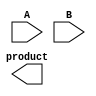
module unfolded_wallace_tree_multiplier #(parameter m = 8, n = 8) (
    input [m-1:0] A,
    input [n-1:0] B,
    output reg [m+n-1:0] product
);

    // Partial product generation
    wire [m-1:0] pp[n-1:0]; // Partial products
    genvar i;
    generate
        for (i = 0; i < n; i = i + 1) begin : pp_gen
            assign pp[i] = A & {m{B[i]}};
        end
    endgenerate

    // Wallace tree reduction
    wire [m+n-1:0] sum_stage1[n/3-1:0]; // Sums from stage 1
    wire [m+n-1:0] carry_stage1[n/3-1:0]; // Carries from stage 1
    wire [m+n-1:0] sum_stage2[n/6-1:0]; // Sums from stage 2
    wire [m+n-1:0] carry_stage2[n/6-1:0];

    // Stage 1: Grouping and adding using full adders
    generate
        for (i = 0; i < n/3; i = i + 1) begin : stage1
            if (i < n/3 - 1) begin
                // Full adder for three inputs
                assign {carry_stage1[i], sum_stage1[i]} = pp[3*i] + pp[3*i+1] + pp[3*i+2];
            end else begin
                // Handle remaining bits
                assign {carry_stage1[i], sum_stage1[i]} = pp[3*i] + pp[3*i+1] + (n % 3 == 2 ? pp[3*i+2] : 0);
            end
        end
    endgenerate

    // Stage 2: Further reduction
    generate
        for (i = 0; i < n/6; i = i + 1) begin : stage2
            assign {carry_stage2[i], sum_stage2[i]} = sum_stage1[2*i] + sum_stage1[2*i+1] + (n % 6 > 2 ? sum_stage1[2*i+2] : 0);
        end
    endgenerate

    // Final addition stage
    wire [m+n-1:0] final_sum;
    wire [m+n-1:0] final_carry;

    assign {final_carry, final_sum} = sum_stage2[0] + sum_stage2[1] + (n % 6 > 2 ? sum_stage2[2] : 0);

    // Output assignment
    always @(*) begin
        product = final_sum + final_carry;
    end

endmodule